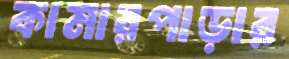
কামারপাড়ার